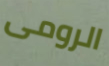
الرومى